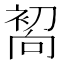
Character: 𰈜